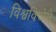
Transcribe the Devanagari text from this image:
विश्वविजेते